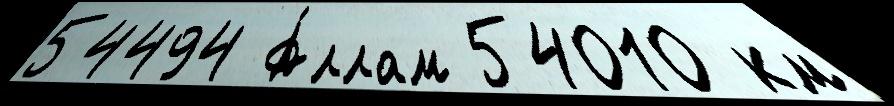
54494 А́ллам 54010 км